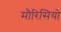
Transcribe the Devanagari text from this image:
मौरिसियो